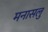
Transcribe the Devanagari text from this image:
मनासलु